Annual report of the Punjab Veterinary College and of the Civil Veterinary Department, Punjab - 1926-1932
Year: 1926
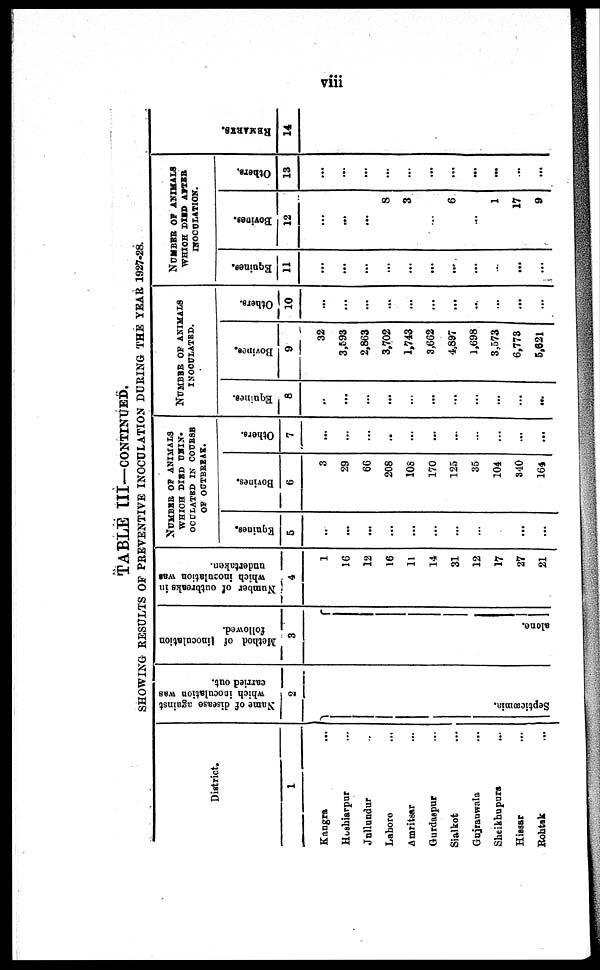
viii
TABLE III—CONTINUED.
SHOWING RESULTS OF PREVENTIVE INOCULATION DURING THE YEAR 1927-28.
District.
1
Kangra ...
Hoshiarpur ...
Jullundur ...
Lahore ...
Amritsar ...
Gurdaspur ...
Sialkot ...
Gujranwala ...
Sheikhupura ...
Hissar ...
Rohtak ...
Name of disease against
which inoculation was
carried out.
2
Septicæmia.
Method of linoculation
followed.
3
alone.
Number of outbreaks in
which inoculation was
undertaken.
4
1
16
12
16
11
14
31
12
17
27
21
NUMBER OF ANIMALS
WHICH DIED UNIN¬
OCULATED IN COURSE
OF OUTBREAK.
Equines.
5
...
...
...
...
...
...
...
...
...
...
...
Bovines.
6
3
29
66
208
108
170
125
35
104
340
164
Others.
7
...
...
...
..
...
...
...
...
...
...
...
NUMBER OF ANIMALS
INOCULATED.
Equines.
8
..
...
...
...
...
...
...
...
...
...
...
Bovines.
9
32
3,593
2,863
3,702
1,743
3,662
4,897
1,698
3,573
6,773
5,621
Others.
10
...
...
...
...
...
...
...
...
...
...
...
NUMBER OF ANIMALS
WHICH DIED AFTER
INOCULATION.
Equines.
11
...
...
...
...
...
...
...
...
...
...
...
Bovines.
12
...
...
...
8
3
...
6
...
1
17
9
Others.
13
...
...
...
...
...
...
...
...
...
...
...
REMARKS .
14